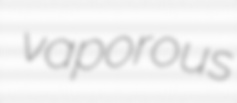
vaporous